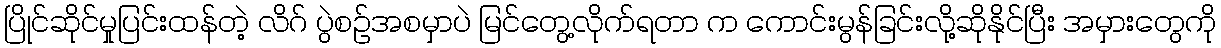
ပြိုင်ဆိုင်မှုပြင်းထန်တဲ့ လိဂ် ပွဲစဉ်အစမှာပဲ မြင်တွေ့လိုက်ရတာ က ကောင်းမွန်ခြင်းလို့ဆိုနိုင်ပြီး အမှားတွေကို